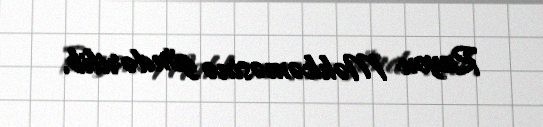
Rayon Məhkəməsinə göndərilib.